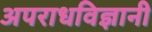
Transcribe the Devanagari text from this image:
अपराधविज्ञानी